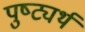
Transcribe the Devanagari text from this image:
पुष्ट्यर्थ